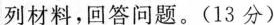
列材料，回答问题。(13分)